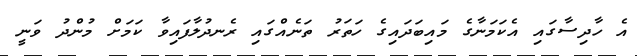
އެ ހާދިސާގައި އެކަމަނާގެ މައިބަދައިގެ ހަތަރު ތަނެއްގައި ރެނދުލާފައިވާ ކަމަށް މުންދު ވަނީ